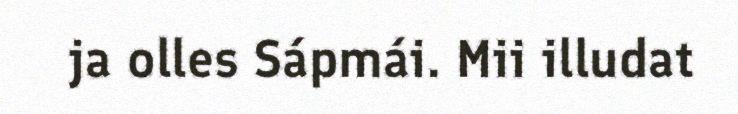
ja olles Sápmái. Mii illudat